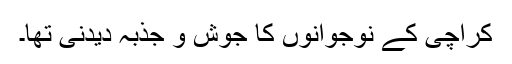
کراچی کے نوجوانوں کا جوش و جذبہ دیدنی تھا۔